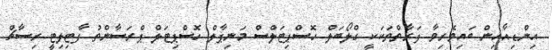
އިންޑިއާއިން ބައިވެރިވާ ފަރާތްތަކަކީ ގްލޯބަލް ހޮސްޕިޓަލްސް މަނިޕާލް ހޮސްޕިޓަލް ޕްރަސާންތު ފާޓިލިޓީ ރިސާޗް